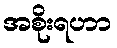
အစိုးရဟာ